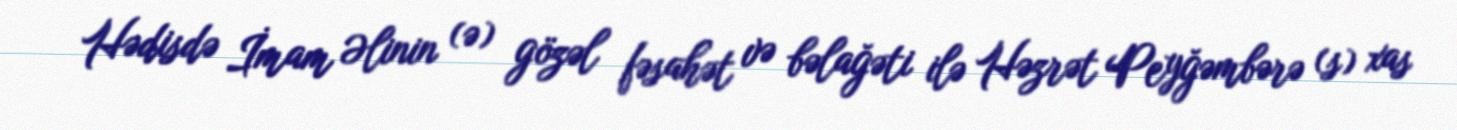
Hədisdə İmam Əlinin (ə) gözəl fəsahət və bəlağəti ilə Həzrət Peyğəmbərə (s) xas